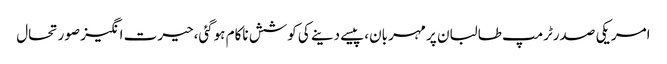
امریکی صدرٹرمپ طالبان پر مہربان،پیسے دینے کی کوشش ناکام ہوگئی،حیرت انگیز صورتحال